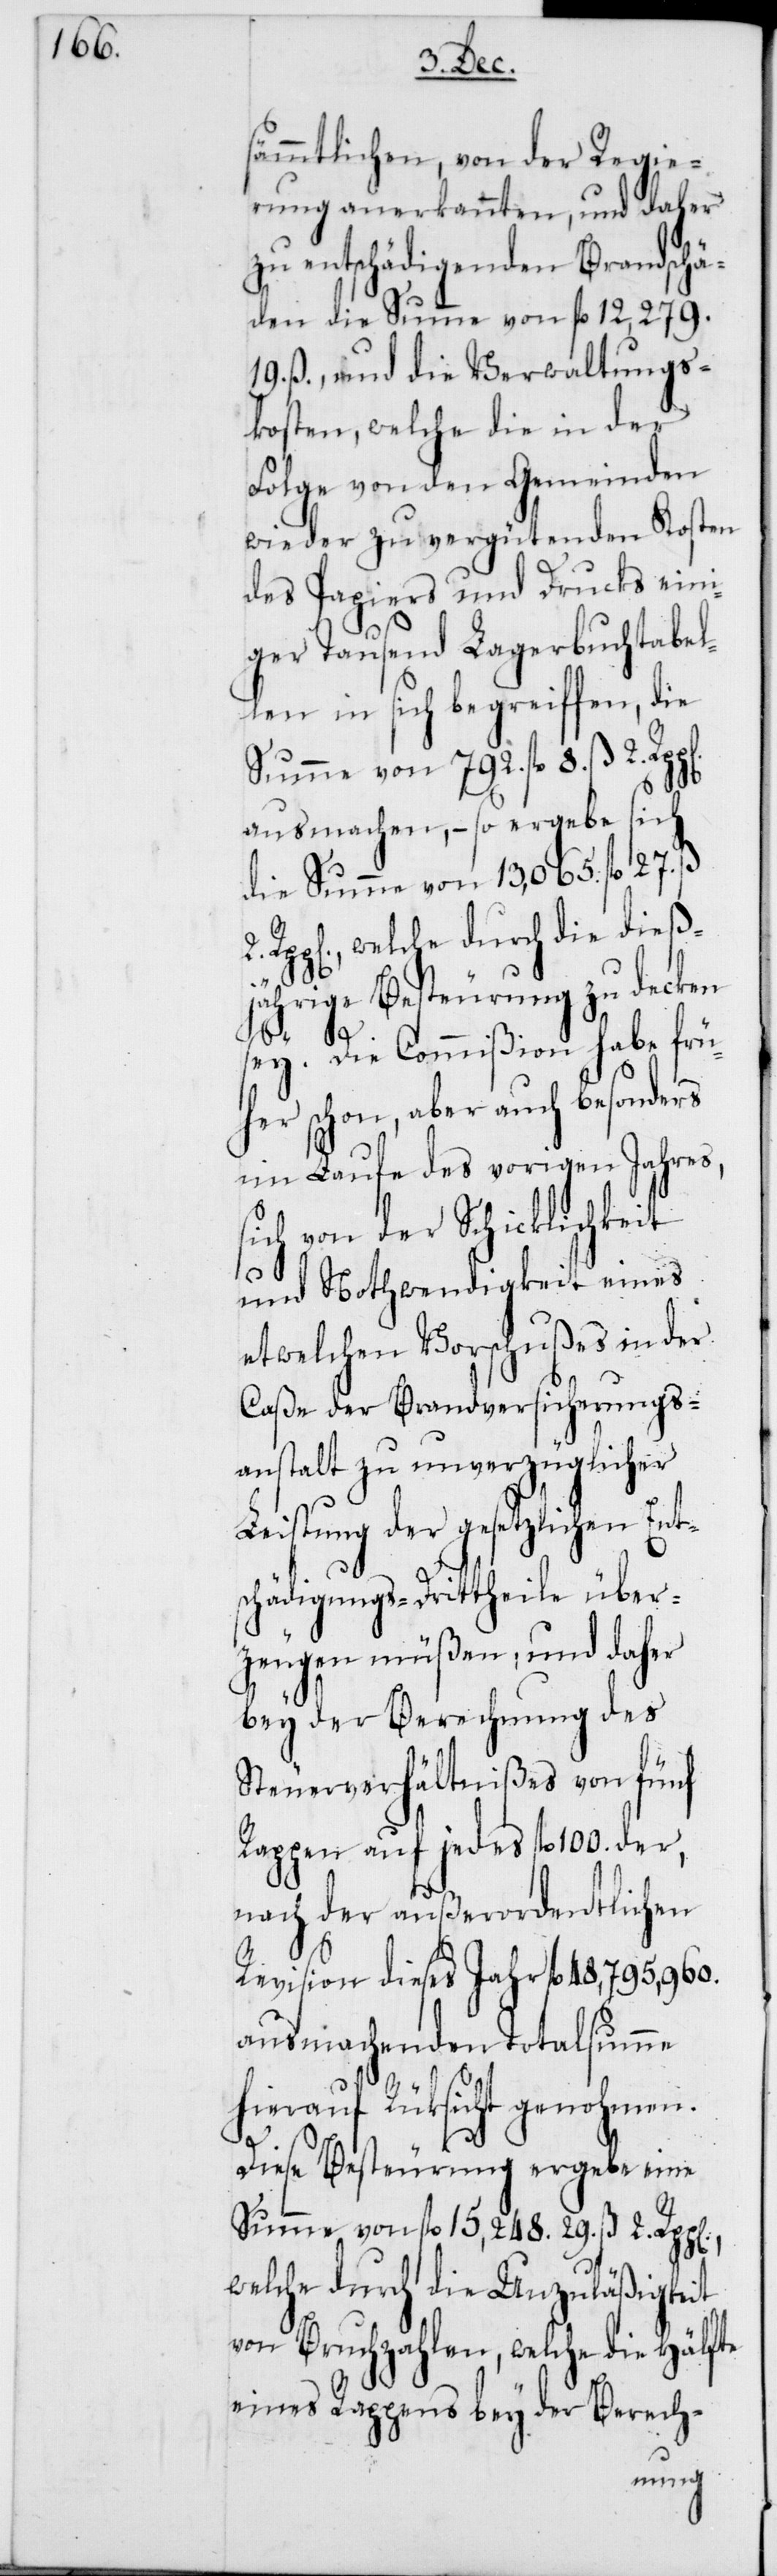
sämmtlichen, von der Regie¬
rung anerkannten, und daher
zu entschädigenden Brandschä¬
den die Summe von fl. 12,279.
19. ß., und die Verwaltungs¬
kosten, welche die in der
Folge von den Gemeinden
wieder zu vergütenden Kosten
des Papiers und Drucks eini¬
ger Tausend Lagerbuchtabel¬
len in sich begreifen, die
Summe von 792. fl. 8. ß 2.
ausmachen, – so ergebe sich
die Summe von 13,065. fl. 27. ß
Rpp[en], welche durch die dieß¬
jährige Besteurung zu decken
sey. Die Commißion habe frü¬
her schon, aber auch besonders
im Laufe des vorigen Jahres,
sich von der Schicklichkeit
und Nothwendigkeit eines
etwelchen Vorschußes in der
Caße der Brandversicherungs¬
anstalt zu unverzüglicher
Leistung der gesetzlichen Ent¬
schädigungs-Drittheile über¬
zeugen müßen, und daher
bey der Berechnung des
Steuerverhältnißes von fünf
Rappen auf jedes fl. 100. der,
nach der außerordentlichen
Revision dieses Jahr fl. 48,795,960.
ausmachenden Totalsumme
hierauf Rücksicht genohmen.
Diese Besteurung ergebe eine
Summe von fl. 15,248. 29. ß 2. Rpp[en],
welche durch die Unzuläßigkeit
von Bruchzahlen, welche die Hälfte
eines Rappens bey der Berech-